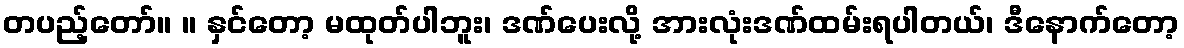
တပည့်တော်။ ။ နှင်တော့ မထုတ်ပါဘူး၊ ဒဏ်ပေးလို့ အားလုံးဒဏ်ထမ်းရပါတယ်၊ ဒီနောက်တော့